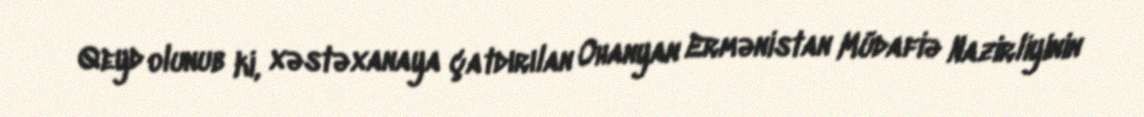
Qeyd olunub ki, xəstəxanaya çatdırılan Ohanyan Ermənistan Müdafiə Nazirliyinin